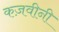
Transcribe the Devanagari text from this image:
कज़वीनी